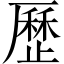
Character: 歷